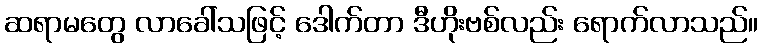
ဆရာမတွေ လာခေါ်သဖြင့် ဒေါက်တာ ဒီဟိုးဗစ်လည်း ရောက်လာသည်။